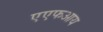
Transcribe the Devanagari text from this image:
एएफआय